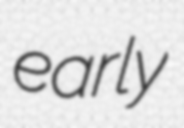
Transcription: early